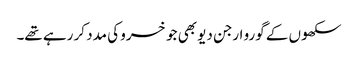
سکھوں کے گورو ارجن دیو بھی جو خسرو کی مدد کر رہے تھے۔